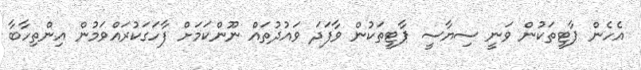
އެހެން ޕާޓީތަކުން ވަނީ ސިޔާސީ ޕާޓީތަކުން ވާފަދަ ވައުދުތައް ނޫންކަމަށް ފާހަގަކުރައްވަމުން އިންތިހާބާ